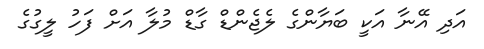
އަދި އޭނާ އަކީ ބަޔާންގެ ލެޖެންޑް ގާޑް މުލާ އަށް ފަހު ލީގުގެ